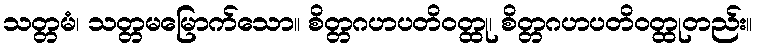
သတ္တမံ၊ သတ္တမမြောက်သော။ စိတ္တဂဟပတိဝတ္ထု၊ စိတ္တဂဟပတိဝတ္ထုတည်း။